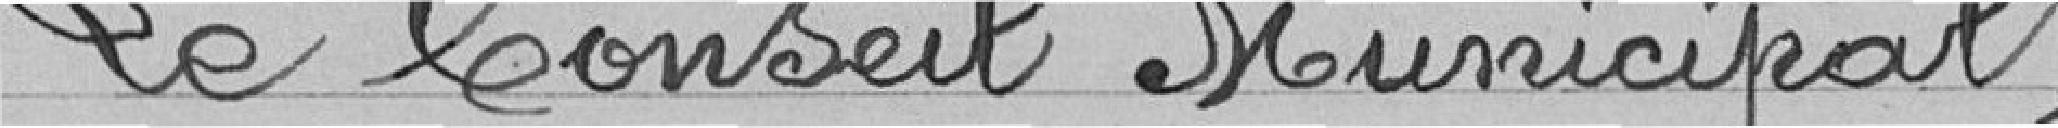
Le Conseil Municipal